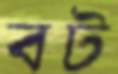
বট